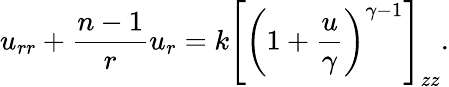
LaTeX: u_{rr}+{\frac{n-1}{r}}u_{r}=k\left[\left(1+{\frac{u}{\gamma}}\right)^{\gamma-1}\right]_{zz}.